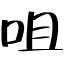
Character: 咀